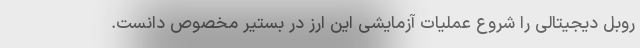
روبل دیجیتالی را شروع عملیات آزمایشی این ارز در بستیر مخصوص دانست.